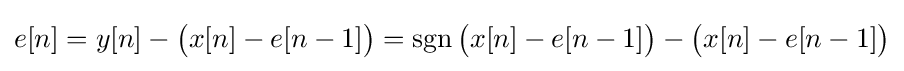
e[n]=y[n]-{\big (}x[n]-e[n-1]{\big )}=\operatorname {sgn} {\big (}x[n]-e[n-1]{\big )}-{\big (}x[n]-e[n-1]{\big )}